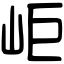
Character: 岠